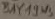
Text: BAY19WS